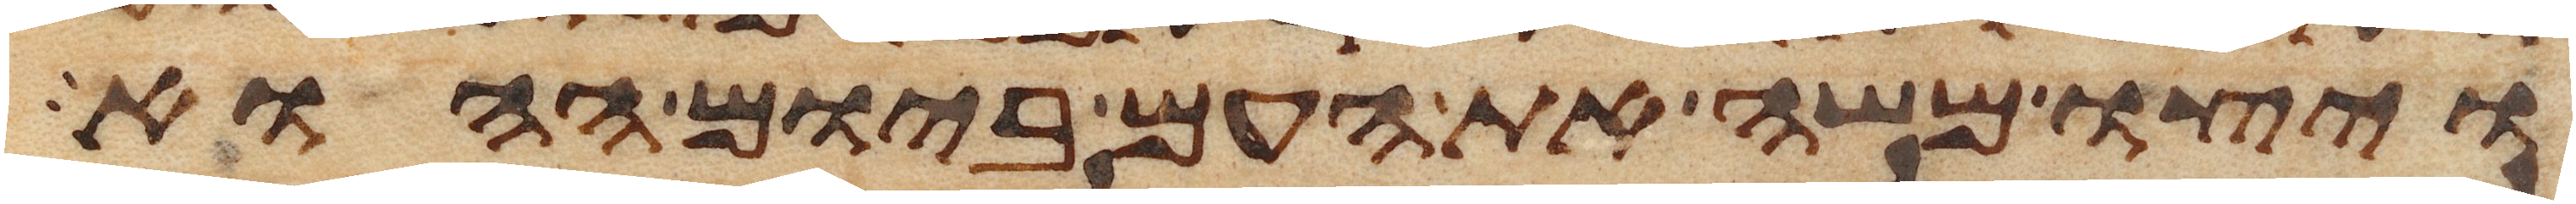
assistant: ויצו משה את העם ביום ההוא